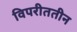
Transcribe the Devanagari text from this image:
विपरीततीन